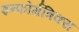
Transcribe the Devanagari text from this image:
इन्फोर्मत्रिक्स